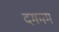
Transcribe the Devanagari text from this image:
दममम